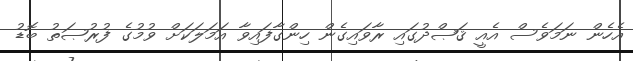
އެހެން ނަމަވެސް އެއީ ޤަޞްދުގައި ރާވައިގެން ހިންގާފައިވާ އަމަލަކަށް ވުމުގެ ފުރުޞަތު ބޮޑު